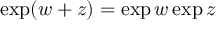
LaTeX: \exp ( w + z ) = \exp w \exp z